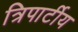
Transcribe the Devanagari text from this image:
त्रिपार्टीय